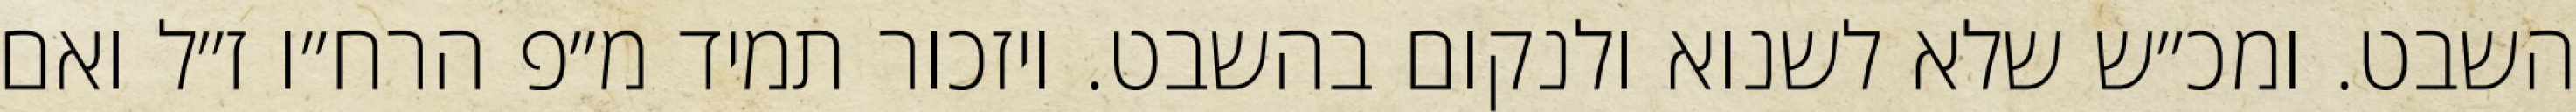
השבט. ומכ״ש שלא לשנוא ולנקום בהשבט. ויזכור תמיד מ״פ הרח״ו ז״ל ואם